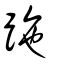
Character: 𧿶